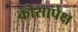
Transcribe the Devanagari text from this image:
कोसापेक्ष